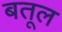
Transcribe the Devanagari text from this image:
बतूल